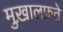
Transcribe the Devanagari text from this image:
मुख़ालफ़ते